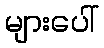
များပေါ်